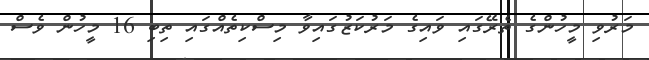
މަރުވި މީހުންގެ ތެރޭގައި ވައިގެ މަރުކަޒުގައިވާ މިސްކިތެއްގައި ތިބި 16 މީހުން ވެސް